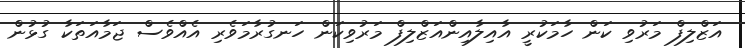
އަޒްލިފް މަރުވި ކަން ހާމަކުރީ އާއިލާއިންއަޒްލިފް މަރުވިކަން ހަނގުރާމަވެރި އެއްވެސް ޖަމާއަތަކާ ގުޅުން